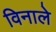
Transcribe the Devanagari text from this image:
विनाले